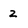
Character: 2